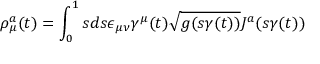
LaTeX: \rho _ { \mu } ^ { a } ( t ) = \int _ { 0 } ^ { 1 } s d s \epsilon _ { \mu \nu } \gamma ^ { \mu } ( t ) \sqrt { g ( s \gamma ( t ) ) } J ^ { a } ( s \gamma ( t ) )